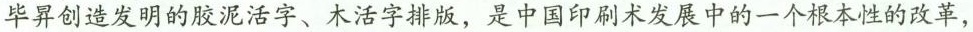
毕昇创造发明的胶泥活字、木活字排版，是中国印刷术发展中的一个根本性的改革，